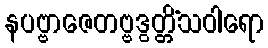
နပဗ္ဗာဇေတဗ္ဗဒွတ္တိံသဝါရော